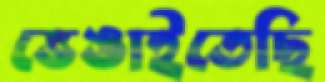
ভেঙাইতেছি